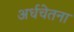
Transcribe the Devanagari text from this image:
अर्धचेतना